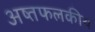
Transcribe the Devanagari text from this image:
अष्तफलकीय